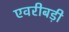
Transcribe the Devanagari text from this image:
एवरीबड़ी